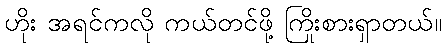
ဟိုး အရင်ကလို ကယ်တင်ဖို့ ကြိုးစားရှာတယ်။